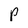
Character: P